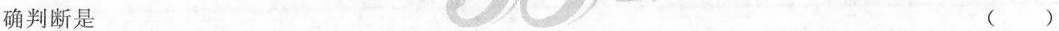
确判断是 ( )